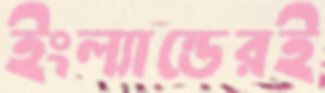
ইংল্যান্ডেরই